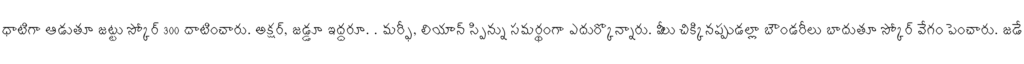
ధాటిగా ఆడుతూ జట్టు స్కోర్ 300 దాటించారు. అక్షర్, జడ్డూ ఇద్దరూ. . మర్ఫీ, లియాన్ స్పిన్ను సమర్థంగా ఎదుర్కొన్నారు. వీలు చిక్కినప్పుడల్లా బౌండరీలు బాదుతూ స్కోర్ వేగం పెంచారు. జడే